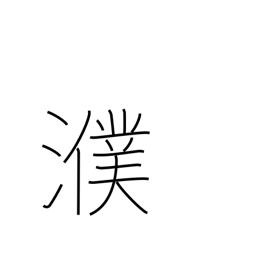
Meaning: name of Chinese river